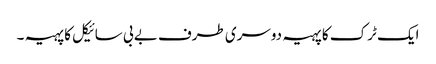
ایک ٹرک کا پہیہ دوسری طرف بے بی سائیکل کا پہیہ ۔